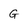
Character: G